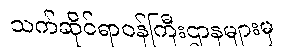
သက်ဆိုင်ရာဝန်ကြီးဌာနများမှ